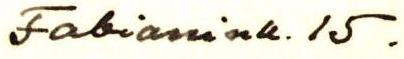
Fabianink. 15.